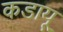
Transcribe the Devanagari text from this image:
कडायू